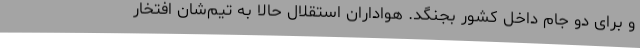
و برای دو جام داخل کشور بجنگد. هواداران استقلال حالا به تیم‌شان افتخار